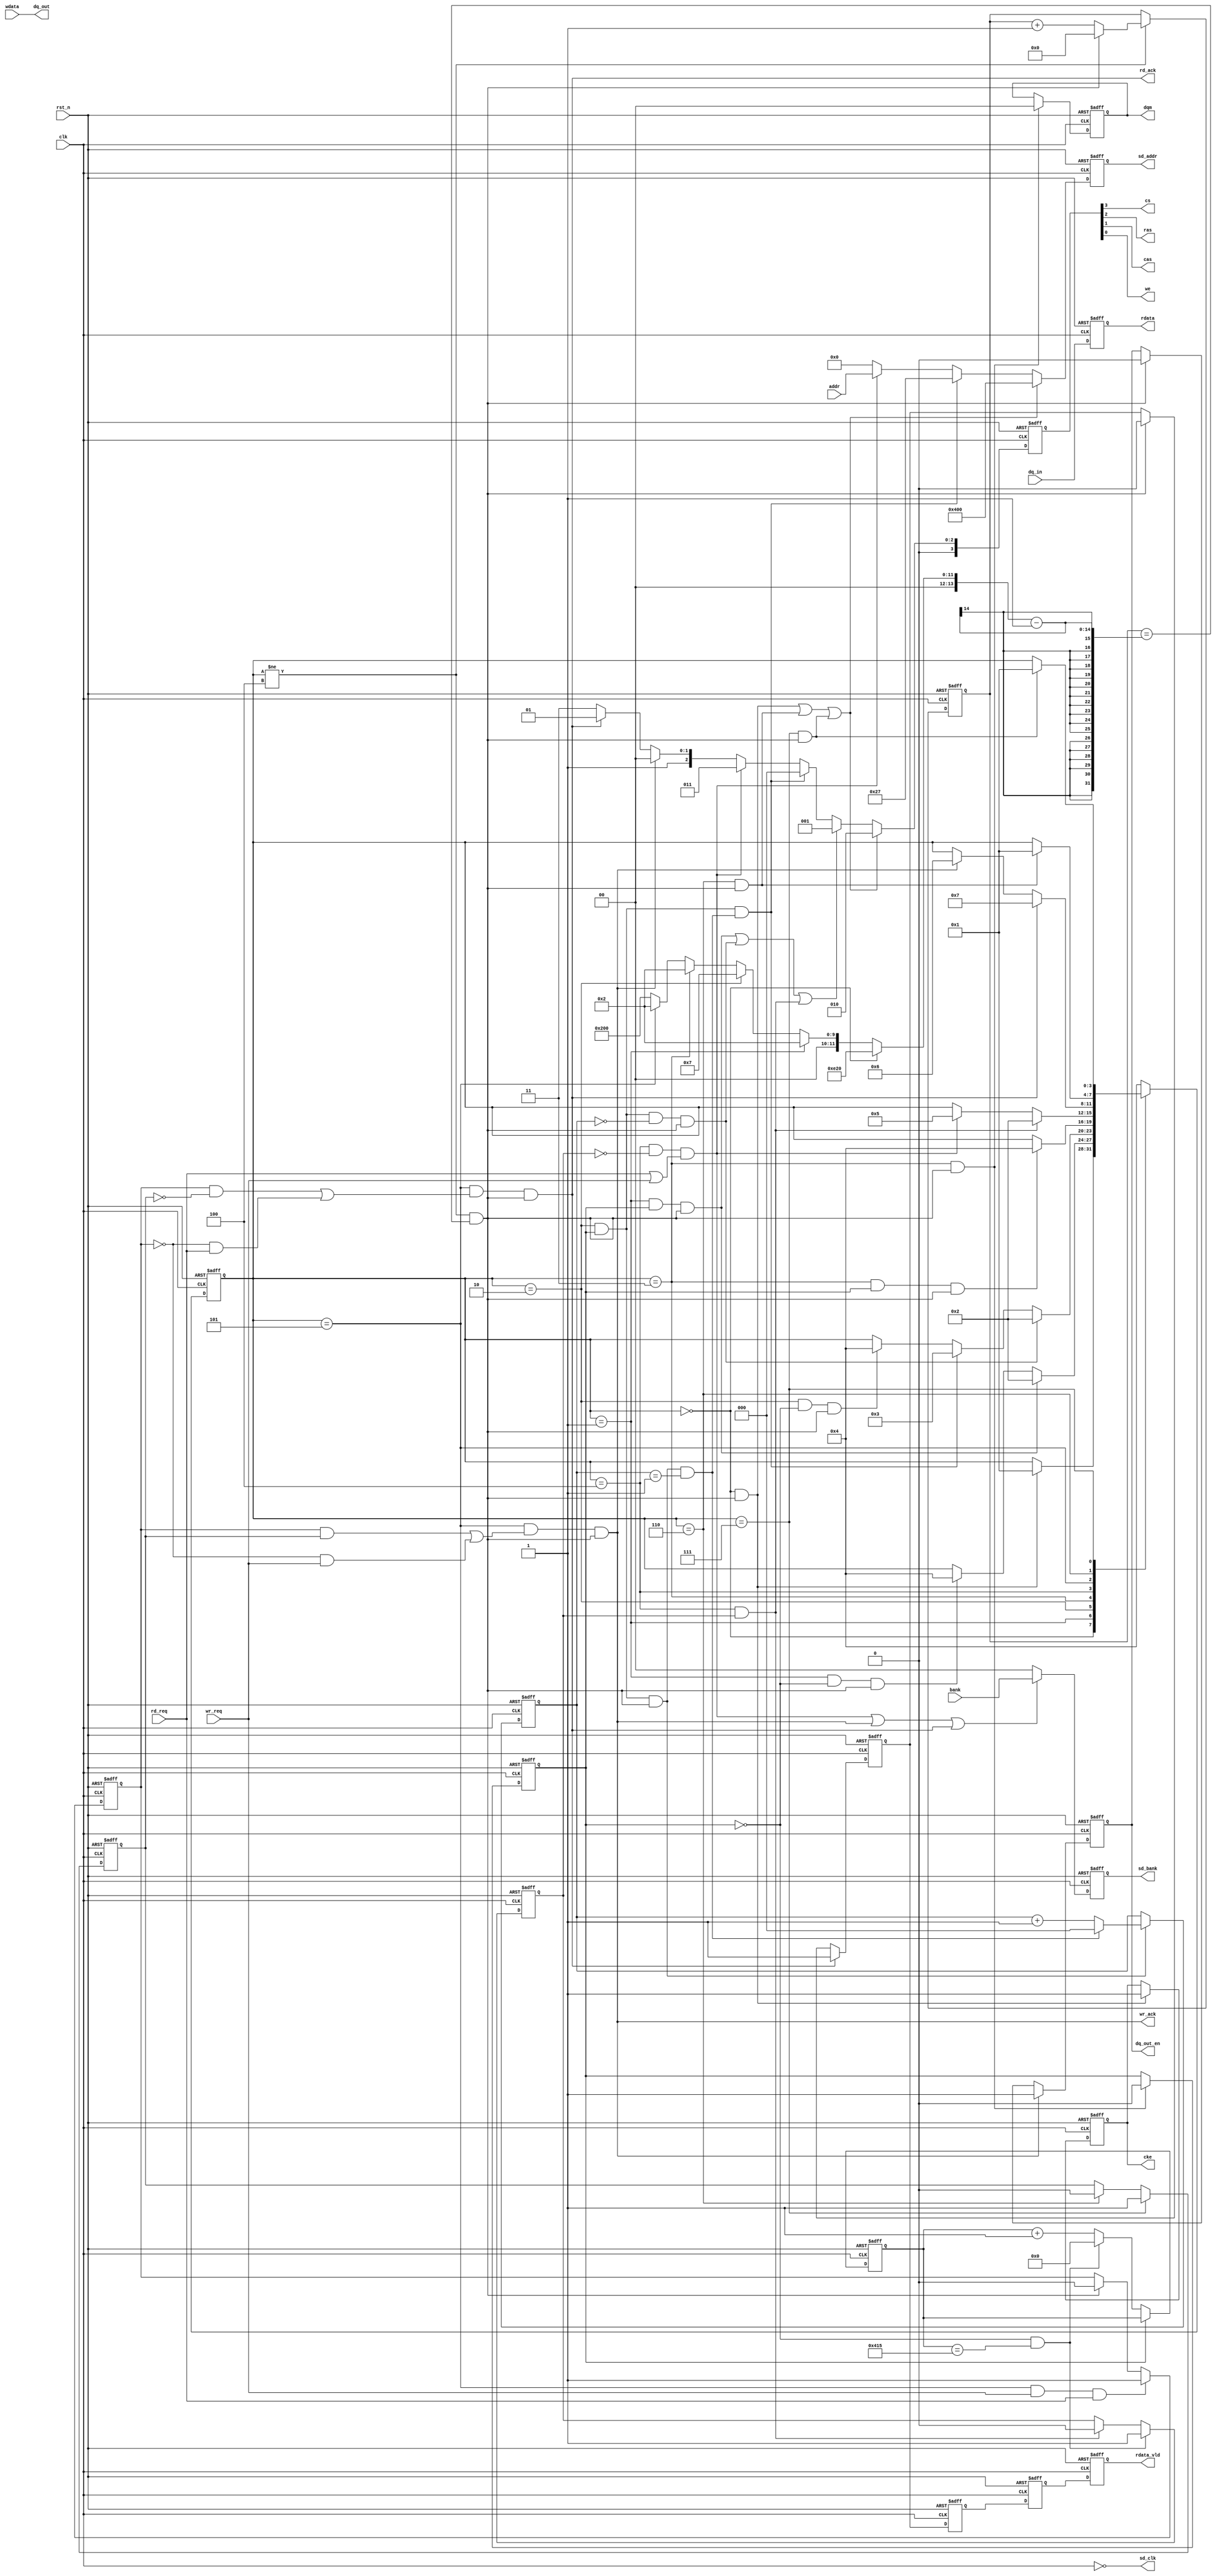
/************************************************************************************
The code is designed and produced by MDY Science and Education Co., Ltd, which has the entire ownership. It is only for personal learning, which cannot be used for commercial or profit-making purposes without permission.

    MDY's Mission: Develop Chip Talents and Realize National Chip Dream.

    We sincerely hope that our students can learn the real IC / FPGA code through our standard and rigorous code.

    For more FPGA learning materials, please visit the Forum: http://fpgabbs.com/ and official website: http://www.mdy-edu.com/index.html 

    *************************************************************************************/
module sdram_intf(
    clk       ,   
    rst_n     ,
    wr_req    ,
    rd_req    ,
    wdata     ,
    dq_in     ,
    dq_out    ,
    dq_out_en ,
    wr_ack    ,
    rd_ack    ,
    rdata     ,
    rdata_vld ,
    cke       ,
    cs        ,
    ras       ,
    cas       ,
    we        ,
    dqm       ,
    sd_addr   ,
    sd_bank   ,
    sd_clk    ,
    bank,
    addr  
    
);


    parameter  NOP       = 0; 
    parameter  PRECHARGE = 1;
    parameter  REF       = 2;
    parameter  MODE      = 3;
    parameter  IDLE      = 4;
    parameter  ACTIVE    = 5;
    parameter  WRITE     = 6;
    parameter  READ      = 7;

    parameter  NOP_CMD      = 4'b0111;
    parameter  PRECHARGE_CMD= 4'b0010;
    parameter  AR_CMD       = 4'b0001;
    parameter  MODE_CMD     = 4'b0000;
    parameter  ACTIVE_CMD   = 4'b0011;
    parameter  WRITE_CMD    = 4'b0100;
    parameter  READ_CMD     = 4'b0101;

    parameter  ALL_BANK     = 13'b001_0_00_000_0_000;
    parameter  CODE         = 13'b000_0_00_010_0_111;

    parameter  TIME_1046    = 1046  ;      
    parameter  TIME_200US   = 20_000;   
    parameter  TIME_TRP     = 2     ;        
    parameter  TIME_TRC     = 7     ;        
    parameter  TIME_TMRD    = 2     ;    
    parameter  TIME_TRCD    = 2     ;    
    parameter  TIME_512     = 512   ;

    input            clk                 ;
    input            rst_n               ;
    input            wr_req              ;
    input            rd_req              ;
    input  [15:0]    wdata               ;
    input  [15:0]    dq_in               ;
    input  [1 :0]    bank                ;  
    input  [12:0]    addr                ;

    output [15:0]    dq_out              ;
    output           dq_out_en           ;
    output           wr_ack              ;
    output           rd_ack              ;
    output [15:0]    rdata               ;
    output           rdata_vld           ;
    output           cke                 ;
    output           cs                  ;
    output           ras                 ;
    output           cas                 ;
    output           we                  ;
    output [1 :0]    dqm                 ;
    output [12:0]    sd_addr             ;
    output [1 :0]    sd_bank             ;
    output           sd_clk              ;

    wire   [15:0]    dq_out              ;
    reg              dq_out_en           ;
    wire             wr_ack              ;
    wire             rd_ack              ;
    reg    [15:0]    rdata               ;
    reg              rdata_vld           ;
    reg              cke                 ;
    reg              cs                  ;
    reg              ras                 ;
    reg              cas                 ;
    reg              we                  ;
    reg    [1 :0]    dqm                 ;
    reg    [12:0]    sd_addr             ;
    reg    [1 :0]    sd_bank             ;
    wire             sd_clk              ;
    reg    [3:0]     state_c             ;
    reg    [3:0]     state_n             ;
    wire             nop_to_pre_start    ; 
    wire             pre_to_ref_start    ; 
    wire             ref_to_ref_start    ; 
    wire             idle_to_ref_start   ; 
    wire             ref_to_mode_start   ; 
    wire             ref_to_idle_start   ; 
    wire             pre_to_idle_start   ; 
    wire             mode_to_idle_start  ; 
    wire             idle_to_active_start; 
    wire             active_to_rd_start  ; 
    wire             active_to_wr_start  ; 
    wire             wr_to_pre_start     ; 
    wire             rd_to_pre_start     ; 
    reg    [3:0]     conmand             ;
    reg    [13:0]    cnt                 ;
    wire             add_cnt             ;
    wire             end_cnt             ;
    reg    [2:0]     cnt1                ;
    wire             add_cnt1            ;
    wire             end_cnt1            ;
    reg    [10:0]    cnt_1046            ;
    wire             add_cnt_1046        ;
    wire             end_cnt_1046        ;
    reg    [13:0]    x                   ;
    reg              flag_init           ;
    wire             init_done           ;
    reg              ref_req             ;
    wire             ref_ack             ;
    reg              flag_rd             ;
    wire             rd_en               ;
    reg              rdata_vld_ff0       ;
    reg              rdata_vld_ff1       ;
    reg              rdata_vld_ff2       ;
    reg              flag_syn            ;
    




    always@(posedge clk or negedge rst_n)begin
        if(!rst_n)begin
            state_c <= NOP;
        end
        else begin
            state_c <= state_n;
        end
    end
    
   
    always@(*)begin
        case(state_c)
            NOP:begin
                if(nop_to_pre_start)begin
                    state_n = PRECHARGE;
                end
                else begin
                    state_n = state_c;
                end
            end
            PRECHARGE:begin
                if(pre_to_ref_start)begin
                    state_n = REF;
                end
                else if(pre_to_idle_start)begin
                    state_n = IDLE;
                end
                else begin
                    state_n = state_c;
                end
            end
            REF:begin
                if(ref_to_ref_start)begin
                    state_n = REF;
                end
                else if(ref_to_mode_start)begin
                    state_n = MODE;
                end
                else if(ref_to_idle_start)begin
                    state_n = IDLE;
                end
                else begin
                    state_n = state_c;
                end
            end
            MODE:begin
                if(mode_to_idle_start)begin
                    state_n = IDLE;
                end
                else begin
                    state_n = state_c;
                end
            end
            IDLE:begin
                if(idle_to_ref_start)begin
                    state_n = REF;
                end
                else if(idle_to_active_start)begin
                    state_n = ACTIVE;
                end
                else begin
                    state_n = state_c;
                end
            end
            ACTIVE:begin
                if(active_to_rd_start)begin
                    state_n = READ;
                end
                else if(active_to_wr_start)begin
                    state_n = WRITE;
                end
                else begin
                    state_n = state_c;
                end
            end
            WRITE:begin
                if(wr_to_pre_start)begin
                    state_n = PRECHARGE;
                end
                else begin
                    state_n = state_c;
                end
            end
            READ:begin
                if(rd_to_pre_start)begin
                    state_n = PRECHARGE;
                end
                else begin
                    state_n = state_c;
                end
            end
            default:begin
                state_n = IDLE;
            end
        endcase
    end  
    
    
    assign nop_to_pre_start      = state_c==NOP       && end_cnt;
    assign pre_to_ref_start      = state_c==PRECHARGE && flag_init     && end_cnt;
    assign ref_to_ref_start      = state_c==REF       && flag_init     && cnt1==0  && end_cnt;
    assign idle_to_ref_start     = state_c==IDLE      && ref_req       ;
    assign ref_to_mode_start     = state_c==REF       && flag_init     && end_cnt1;
    assign ref_to_idle_start     = state_c==REF       && flag_init==0  && end_cnt ;
    assign pre_to_idle_start     = state_c==PRECHARGE && flag_init==0  && end_cnt ;
    assign mode_to_idle_start    = state_c==MODE      && flag_init     && end_cnt ;
    assign idle_to_active_start  = state_c==IDLE      && ref_req==0    && (rd_req || wr_req);
    assign active_to_rd_start    = state_c==ACTIVE    && ((flag_syn==1 && flag_rd==0) || (flag_syn==0 && rd_req)) && end_cnt;
    assign active_to_wr_start    = state_c==ACTIVE    && ((flag_syn==1 && flag_rd==1) || (flag_syn==0 && wr_req)) && end_cnt;
    assign wr_to_pre_start       = state_c==WRITE     && end_cnt;
    assign rd_to_pre_start       = state_c==READ      && end_cnt;
    
    
    always  @(posedge clk or negedge rst_n)begin
        if(rst_n==1'b0)begin
            conmand <= NOP_CMD;
        end
        else if(nop_to_pre_start || wr_to_pre_start || rd_to_pre_start)begin
            conmand <= PRECHARGE_CMD;
        end
        else if(pre_to_ref_start || ref_to_ref_start || idle_to_ref_start)begin
            conmand <= AR_CMD;
        end
        else if(ref_to_mode_start)begin
            conmand <= MODE_CMD;
        end
        else if(idle_to_active_start)begin
            conmand <= ACTIVE_CMD;
        end
        else if(active_to_wr_start)begin
            conmand <= WRITE_CMD;
        end
        else if(active_to_rd_start)begin
            conmand <= READ_CMD;
        end
        else begin
            conmand <= NOP_CMD;
        end
    end
    
    always  @(*)begin
        {cs,ras,cas,we} = conmand;
    end

    assign sd_clk = ~clk;
        
    always  @(posedge clk or negedge rst_n)begin
        if(rst_n==1'b0)begin
            cke <= 1'b0;
        end
        else if(nop_to_pre_start)begin
            cke <= 1'b1;
        end
    end
    


   
    always  @(posedge clk or negedge rst_n)begin
        if(rst_n==1'b0)begin
            dqm <= 2'b11;
        end
        else if(init_done)begin
            dqm <= 2'b00;
        end
    end



	 always  @(posedge clk or negedge rst_n)begin
        if(rst_n==1'b0)begin
            sd_addr <= 13'b0;
        end
        else if(nop_to_pre_start || wr_to_pre_start || rd_to_pre_start)begin
            sd_addr <= ALL_BANK;             
        end
        else if(ref_to_mode_start)begin
            sd_addr <= CODE;               
        end
        else if(idle_to_active_start)begin
		       sd_addr <= addr;  		       		                 
        end
        else begin
            sd_addr <= 13'b0;               
        end
    end
    
    always  @(posedge clk or negedge rst_n)begin
        if(rst_n==1'b0)begin
            sd_bank <= 2'b00;
        end
        else if(idle_to_active_start||active_to_wr_start|| active_to_rd_start)begin  
		 	 sd_bank <= bank;  
		        end
        else begin
            sd_bank <= 2'b00;
        end
    end


    always  @(posedge clk or negedge rst_n)begin
        if(rst_n==1'b0)begin
            cnt <= 0;
        end
        else if(add_cnt)begin
            if(end_cnt)
                cnt <= 0;
            else
                cnt <= cnt + 1;
        end
    end
    
    assign add_cnt = state_c!=IDLE;
    assign end_cnt = add_cnt && cnt==x-1;
    
    always  @(posedge clk or negedge rst_n)begin
        if(rst_n==1'b0)begin
            cnt1 <= 0;
        end
        else if(add_cnt1)begin
            if(end_cnt1)
                cnt1 <= 0;
            else
                cnt1 <= cnt1 + 1;
        end
    end
    
    assign add_cnt1 = state_c==REF && flag_init && end_cnt;
    assign end_cnt1 = add_cnt1 && cnt1==2-1;
    
    always  @(posedge clk or negedge rst_n)begin
        if(rst_n==1'b0)begin
            cnt_1046 <= 0;
        end
        else if(add_cnt_1046)begin
            if(end_cnt_1046)
                cnt_1046 <= 0;
            else
                cnt_1046 <= cnt_1046 + 1;
        end
    end
    
    assign add_cnt_1046 = flag_init==0;
    assign end_cnt_1046 = add_cnt_1046 && cnt_1046==TIME_1046-1;
    
    always  @(*)begin
        if(state_c==NOP)
            x = TIME_200US;
        else if(state_c==PRECHARGE)
            x = TIME_TRP;     
        else if(state_c==REF)
            x = TIME_TRC;     
        else if(state_c==MODE)
            x = TIME_TMRD;    
        else if(state_c==ACTIVE)
            x = TIME_TRCD;   
        else 
            x = TIME_512;    
    end
    
    always  @(posedge clk or negedge rst_n)begin
        if(rst_n==1'b0)begin
            flag_init <= 1;
        end
        else if(init_done)begin
            flag_init <= 0;
        end
    end
    
    assign init_done = state_c==MODE && end_cnt;
    
    
    always  @(posedge clk or negedge rst_n)begin
        if(rst_n==1'b0)begin
            ref_req <= 0;
        end
        else if(end_cnt_1046)begin
            ref_req <= 1;
        end
        else if(ref_ack)begin
            ref_req <= 0;
        end
    end
    
    assign ref_ack = state_c==IDLE && ref_req;


 /*   always  @(posedge clk or negedge rst_n)begin
        if(rst_n==1'b0)begin
            flag_rd <= 0;
        end
        else if(rd_en)begin
            flag_rd <= 1;
        end
        else if(end_cnt)begin
            flag_rd <= 0;
        end 
    end
    
    assign  rd_en = state_c==IDLE && ref_req==0 && flag_rd==0 && rd_req;*/
   always  @(posedge clk or negedge rst_n)begin
    if(rst_n==1'b0)begin
        flag_rd <= 0;
    end
    else if(state_c==READ)begin
        flag_rd <= 1;
    end
    else if(state_c==WRITE)begin
        flag_rd <= 0;
    end
end


always  @(posedge clk or negedge rst_n)begin
    if(rst_n==1'b0)begin
        flag_syn <= 0;
    end
    else if(state_c==ACTIVE && wr_req && rd_req)begin
        flag_syn <= 1;
    end
    else if(end_cnt)begin
        flag_syn <= 0;
    end
end


    assign wr_ack = active_to_wr_start;
    assign rd_ack = active_to_rd_start;
     

    assign dq_out = wdata;
    
    always  @(posedge clk or negedge rst_n)begin
        if(rst_n==1'b0)begin
            dq_out_en <= 1'b0;
        end
        else if(active_to_wr_start)begin
            dq_out_en <= 1'b1;
        end
        else if(end_cnt)begin
            dq_out_en <= 1'b0;
        end
    end

    
    always  @(posedge clk or negedge rst_n)begin
        if(rst_n==1'b0)begin
            rdata <= 16'b0;
        end
        else begin
            rdata <= dq_in;
        end
    end

    always  @(posedge clk or negedge rst_n)begin
        if(rst_n==1'b0)begin
            rdata_vld_ff0 <= 0;
        end
        else if(active_to_rd_start)begin
            rdata_vld_ff0 <= 1;
        end
        else if(end_cnt)begin
            rdata_vld_ff0 <= 0;
        end
    end
    
    always  @(posedge clk or negedge rst_n)begin
        if(rst_n==1'b0)begin
            rdata_vld_ff1 <= 0;
            rdata_vld_ff2 <= 0;
            rdata_vld     <= 0;
        end
        else begin
            rdata_vld_ff1 <= rdata_vld_ff0;
            rdata_vld_ff2 <= rdata_vld_ff1;
            rdata_vld     <= rdata_vld_ff2;
        end
    end
    
    endmodule